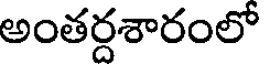
అంతర్దశారంలో